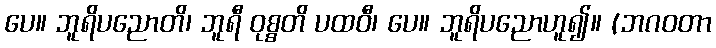
ပေ။ ဘူရိပညောတိ၊ ဘူရီ ဝုစ္စတိ ပထဝီ၊ ပေ။ ဘူရိပညောဟူ၍။ (ဘဂဝတာ